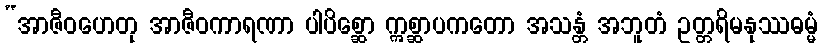
“အာဇီဝဟေတု အာဇီဝကာရဏာ ပါပိစ္ဆော ဣစ္ဆာပကတော အသန္တံ အဘူတံ ဥတ္တရိမနုဿဓမ္မံ